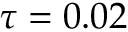
\tau = 0 . 0 2